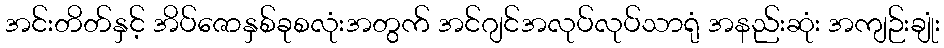
အင်းတိတ်နှင့် အိပ်ဇောနှစ်ခုစလုံးအတွက် အင်ဂျင်အလုပ်လုပ်သာရုံ အနည်းဆုံး အကျဉ်းချုံး